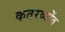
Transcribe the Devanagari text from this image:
कतरव्योंत